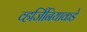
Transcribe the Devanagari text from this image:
व्हर्जिनियाकडे